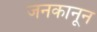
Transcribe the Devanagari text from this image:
जनकानून